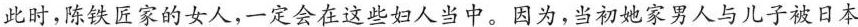
此时,陈铁匠家的女人,一定会在这些妇人当中。因为,当初她家男人与儿子被日本